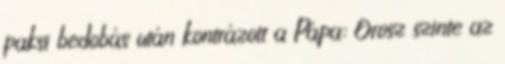
paksi bedobás után kontrázott a Pápa: Orosz szinte az